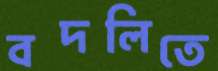
বদলিতে